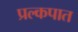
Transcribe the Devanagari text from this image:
प्रल्कपात